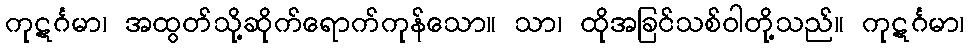
ကုဋင်္ဂမာ၊ အထွတ်သို့ဆိုက်ရောက်ကုန်သော။ သာ၊ ထိုအခြင်သစ်ဝါတို့သည်။ ကုဋင်္ဂမာ၊